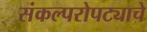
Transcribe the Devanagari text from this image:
संकल्परोपट्याचे